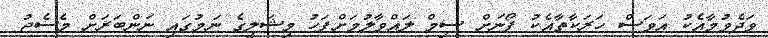
ވަދެވުމާއެކު އަވަސް ހަރަކާތާއެކު ފޯނަށް ސިމް ލައްވާލުމަށްފަހު މިޝަލީގެ ނަމުގައި ނަންބަރަށް މެސެޖު